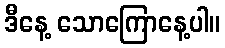
ဒီနေ့ သောကြောနေ့ပါ။